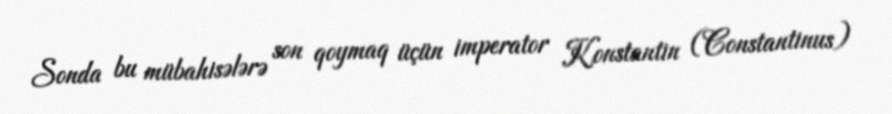
Sonda bu mübahisələrə son qoymaq üçün imperator Konstantin (Constantinus)